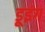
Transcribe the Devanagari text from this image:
डूइंग